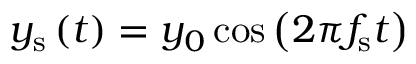
y _ { \mathrm { s } } \left( t \right) = y _ { 0 } \cos \left( 2 \pi f _ { \mathrm { s } } t \right)